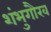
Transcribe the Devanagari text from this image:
शंभुगौरव